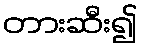
တားဆီး၍